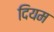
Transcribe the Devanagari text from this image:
दियम